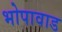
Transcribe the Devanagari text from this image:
भोपावाड